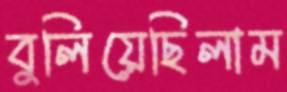
বুলিয়েছিলাম